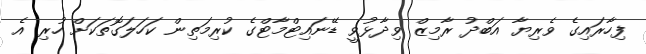
ފިހާރައިގެ ވެރިޔާ އަބްދު ރާމިޒް ވިދާޅުވީ ޑޭނައިޓްމާޓްގެ ކުރިމަތިން ކަހަލަގޮތަކަށް ހުރި އެ